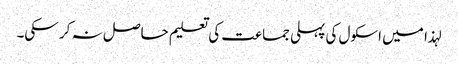
لہذا میں اسکول کی پہلی جماعت کی تعلیم حاصل نہ کر سکی۔